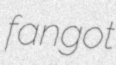
fangot